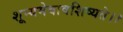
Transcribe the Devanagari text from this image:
शून्यमेवावशिष्यते।।